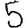
Digit: 5